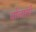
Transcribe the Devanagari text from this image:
चोलाशी